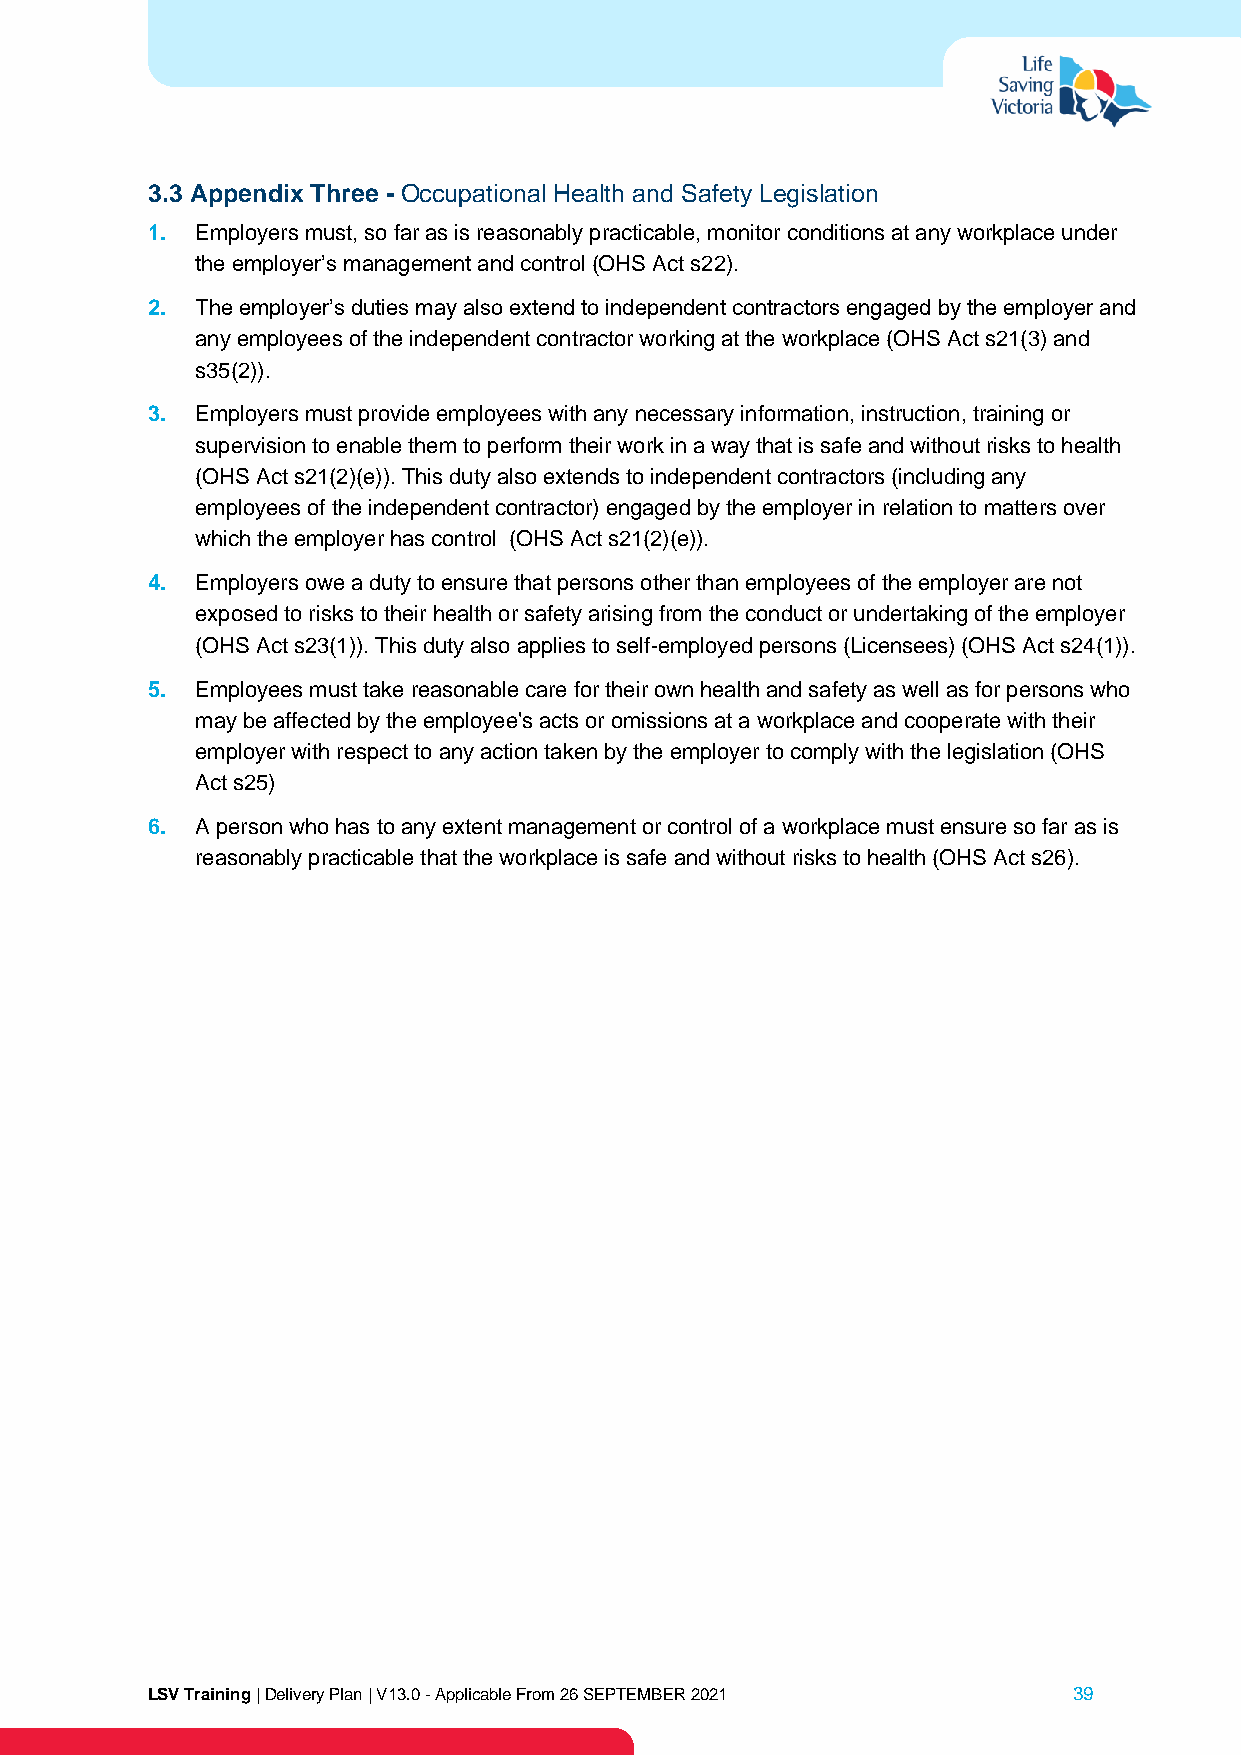
3.3 Appendix Three - Occupational Health and Safety Legislation
 1. Employers must, so far as is reasonably practicable, monitor conditions at any workplace under
 the employer’s management and control (OHS Act s22).
 2. The employer’s duties may also extend to independent contractors engaged by the employer and
 any employees of the independent contractor working at the workplace (OHS Act s21(3) and
 s35(2)).
 3. Employers must provide employees with any necessary information, instruction, training or
 supervision to enable them to perform their work in a way that is safe and without risks to health
 (OHS Act s21(2)(e)). This duty also extends to independent contractors (including any
 employees of the independent contractor) engaged by the employer in relation to matters over
 which the employer has control (OHS Act s21(2)(e)).
 4. Employers owe a duty to ensure that persons other than employees of the employer are not
 exposed to risks to their health or safety arising from the conduct or undertaking of the employer
 (OHS Act s23(1)). This duty also applies to self-employed persons (Licensees) (OHS Act s24(1)).
 5. Employees must take reasonable care for their own health and safety as well as for persons who
 may be affected by the employee's acts or omissions at a workplace and cooperate with their
 employer with respect to any action taken by the employer to comply with the legislation (OHS
 Act s25)
 6. A person who has to any extent management or control of a workplace must ensure so far as is
 reasonably practicable that the workplace is safe and without risks to health (OHS Act s26).
 LSV Training | Delivery Plan | V13.0 - Applicable From 26 SEPTEMBER 2021 39